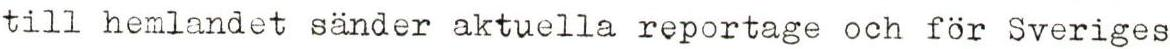
till hemlandet sänder aktuella reportage och för Sveriges